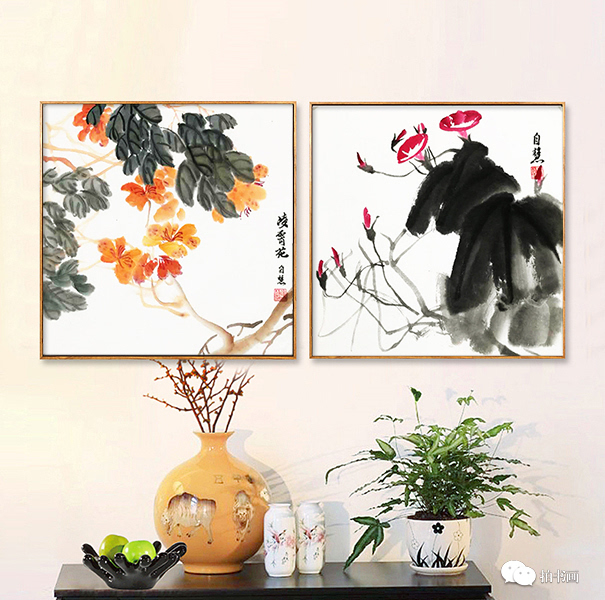
岂能无意酬乌鹊，惟与蜘蛛乞巧丝。